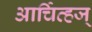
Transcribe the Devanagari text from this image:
आर्चिव्हज्